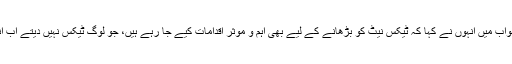
ایک اور سوال کے جواب میں انہوں نے کہا کہ ٹیکس نیٹ کو بڑھانے کے لیے بھی اہم و موثر اقدامات کیے جا رہے ہیں، جو لوگ ٹیکس نہیں دیتے اب انہیں ٹیکس دینا ہو گا۔